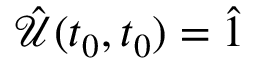
\hat { \mathcal { U } } ( t _ { 0 } , t _ { 0 } ) = \hat { 1 }